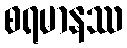
စရမာနဿ